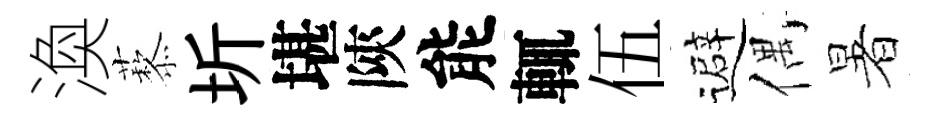
渙藜圻堪陝能輒伍避偶暑